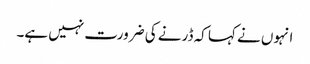
انہوں نے کہا کہ ڈرنے کی ضرورت نہیں ہے۔